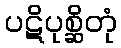
ပဋိပုစ္ဆိတုံ